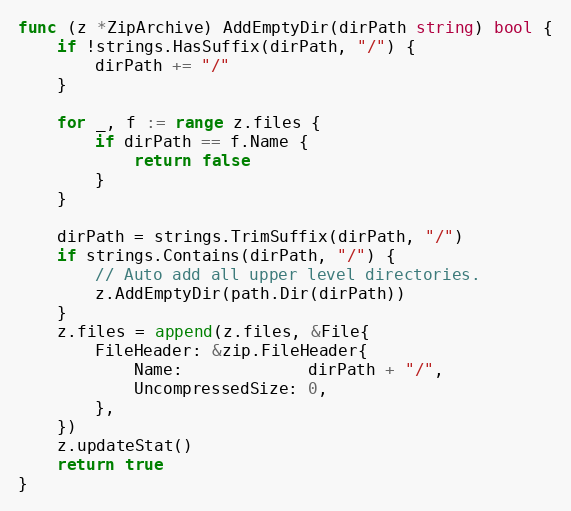
Language: Go
func (z *ZipArchive) AddEmptyDir(dirPath string) bool {
	if !strings.HasSuffix(dirPath, "/") {
		dirPath += "/"
	}

	for _, f := range z.files {
		if dirPath == f.Name {
			return false
		}
	}

	dirPath = strings.TrimSuffix(dirPath, "/")
	if strings.Contains(dirPath, "/") {
		// Auto add all upper level directories.
		z.AddEmptyDir(path.Dir(dirPath))
	}
	z.files = append(z.files, &File{
		FileHeader: &zip.FileHeader{
			Name:             dirPath + "/",
			UncompressedSize: 0,
		},
	})
	z.updateStat()
	return true
}